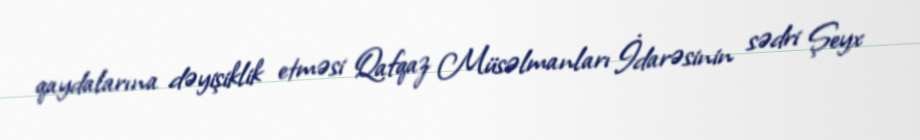
qaydalarına dəyişiklik etməsi Qafqaz Müsəlmanları İdarəsinin sədri Şeyx